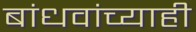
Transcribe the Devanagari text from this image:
बांधवांच्याही